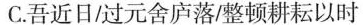
C.吾近日/过元舍庐落/整顿耕耘以时